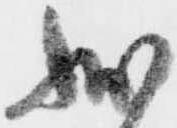
状